Indian journal of veterinary science and animal husbandry - Volume 2,
Year: 1932
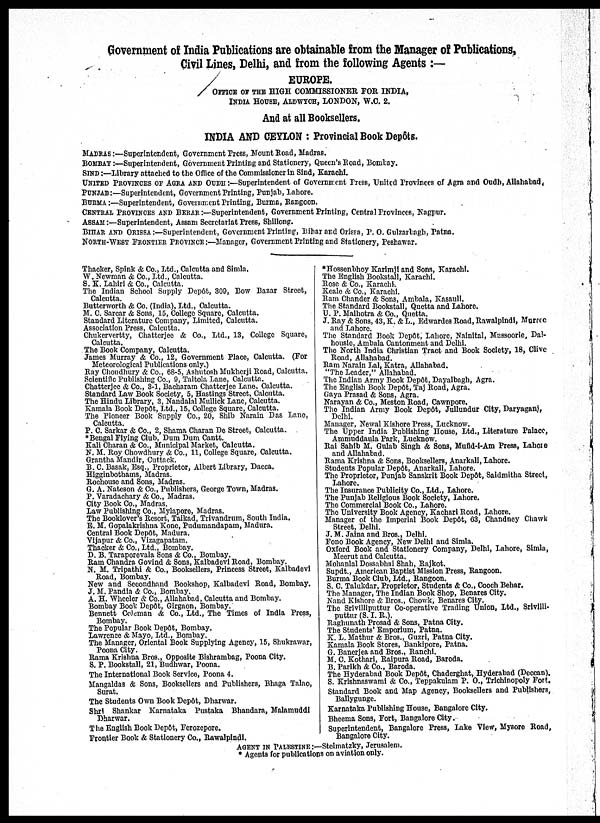
Government of India Publications are obtainable from the Manager of Publications,
Civil Lines, Delhi, and from the following Agents :—
EUROPE.
OFFICE OF THE HIGH COMMISSIONER FOR INDIA,
INDIA HOUSE, ALDWYCH, LONDON, W.C. 2.
And at all Booksellers.
INDIA AND CEYLON : Provincial Book Depots.
MADRAS :—Superintendent, Government Tress, Mount load, Madras.
BOMBAY:—Superintendent, Government Printing and Stationery, Queen's Road, Bombay.
SIND:—Library attached to the Office of the Commissioner in Sind, Karachi.
UNITED PROVICES OF AGRA AND OUDH :—Superintendent of Government Press, United Provinces of Agra and Oudh, Allahabad. ,
PUNJAB:—Superintendent, Government Printing, Punjab, Lahore.
BURMA:—Superintendent, Government Printing, Burma, Rangoon.
CENTRAL PROVINCES AND BERAR :—Superintendent, Government Printing, Central Provinces, Nagpur.
ASSAM:—Superintendent, Assam Secretariat Press, Shillong.
BIHAR AND ORISSA :—Superintendent, Government Printing, Bihar and Orissa, P. O. Gulzarbagh, Patna.
NORTH-WEST FRONTIER PROVINCE :—Manager, Government Printing and Stationery, Peshawar.
Thacker, Spink & Co., Ltd., Calcutta and Simla.
W. Newman & Co., Ltd., Calcutta.
S. K. Lahiri & Co., Calcutta.
The Indian School Supply Depôt, 309, Bow Bazar Street,
Calcutta.
Butterworth & Co. (India), Ltd., Calcutta.
M. C. Sarcar & Sons, 15, College Square, Calcutta.
Standard Literature Company, Limited, Calcutta.
Association Press, Calcutta.
Chukervertty, Chatterjee & Co., Ltd., 13, College Square,
Calcutta.
The Book Company, Calcutta.
James Murray & Co., 12, Government Place, Calcutta. (For
Meteorological Publications only.)
Ray Choudhury & Co., 68-5, Ashutosh Mukherji Road, Calcutta.
Scientific Publishing Co., 9, Taltola Lane, Calcutta.
Chatterjee & Co., 3-1, Bacharam Chatterjee Lane, Calcutta.
Standard Law Book Society, 5, Hastings Street, Calcutta.
The Hindu Library, 3, Nandalal Mullick Lane, Calcutta.
Kamala Book Depôt, Ltd., 15, College Square, Calcutta.
The Pioneer Book Supply Co., 20, Shib Narain Das Lane,
Calcutta.
P. C. Sarkar & Co., 2, Shama Charan De Street, Calcutta.
*Bengal Flying Club, Dura Dum Cantt.
Kali Charan & Co., Municipal Market, Calcutta.
N. M. Roy Chowdhury & Co., 11, College Square, Calcutta.
Grantha Mandir, Cuttack.
B. C. Basak, Esq., Proprietor, Albert Library, Dacca.
Higginbothams, Madras.
Rochouse and Sons, Madras.
G. A. Nateson & Co., Publishers, George Town, Madras.
P. Varadachary & Co., Madras.
City Book Co., Madras.
Law Publishing Co., Mylapore, Madras.
The Booklover's Resort, Taikad, Trivandrum, South India.
E. M. Gopalakrishna Kone, Pudumandapam, Madura.
Central Book Depôt, Madura.
Vijapur & Co., Vizagapatam.
Thacker & Co., Ltd., Bombay.
D. B. Taraporevala Sons & Co., Bombay.
Ram Chandra Govind & Sons, Kalbadevi Road, Bombay.
N. M. Tripathi & Co., Booksellers, Princess Street, Kalbadevi
Road, Bombay.
New and Secondhand Bookshop, Kalbadevi Road, Bombay.
J. M. Pandia & Co., Bombay.
A. H. Wheeler & Co., Allahabad, Calcutta and Bombay.
Bombay Book Depôt, Girgaon, Bombay.
Bennett Coleman & Co., Ltd., The Times of India Press,
Bombay.
The Popular Book Depôt, Bombay.
Lawrence & Mayo, Ltd., Bombay.
The Manager, Oriental Book Supplying Agency, 15, Shukrawar,
Poona City.
Rama Krishna Bros., Opposite Bishrambag, Poona City.
S. P. Bookstall, 21, Budhwar, Poona.
The International Book Service, Poona 4.
Mangaldas & Sons, Booksellers and Publishers, Bhaga Talao,
Surat.
The Students Own Book Depôt, Dharwar.
Snri Shankar Karnataka Pustaka Bhandara, Malamuddi
Dharwar.
The English Book Depôt, Ferozepore.
Frontier Book & Stationery Co., Rawalpindi.
*Hossenbhoy Karimji and Sons, Karachi.
The English Bookstall, Karachi.
Rose & Co., Karachi.
Keale & Co., Karachi.
Ram Chander & Sons, Ambala, Kasauli.
The Standard Bookstall, Quetta and Lahore.
U. P. Malhotra & Co., Quetta.
J. Ray & Sons, 43, K. & L., Edwardes Road, Rawalpindi, Murree
and Lahore.
The Standard Book Depôt, Lahore, Nainital, Mussoorie, Dal-
housie, Ambala Cantonment and Delhi.
The North India Christian Tract and Book Society, 18, Clive
Road, Allahabad.
Ram Narain Lal, Katra, Allahabad.
"The Leader," Allahabad.
The Indian Army Book Depôt, Dayalbagh, Agra.
The English Book Depôt, Taj Road, Agra.
Gaya Prasad & Sons, Agra.
Narayan & Co., Meston Road, Cawnpore.
The Indian Army Book Depôt, Jullundur City, Daryaganj,
Delhi.
Manager, Newal Kishore Press, Lucknow.
The Upper India Publishing House, Ltd., Literature Palace,
Ammuddauia Park, Lucknow.
Rai Sahib M. Gulab Singh & Sons, Mufid-i-Am Press, Lahore
and Allahabad.
Rama Krishna & Sons, Booksellers, Anarkali, Lahore.
Students Popular Depôt, Anarkali, Lahore.
The Proprietor, Punjab Sanskrit Book Depôt, Saidmitha Street,
Lahore.
The Insurance Publicity Co., Ltd., Lahore.
The Punjab Religious Book Society, Lahore.
The Commercial Book Co., Lahore.
The University Book Agency, Kachari Road, Lahore.
Manager of the Imperial Book Depôt, 63, Chandney Chawk
Street, Delhi.
J. M. Jaina and Bros., Delhi.
Fono Book Agency, New Delhi and Simla.
Oxford Book and Stationery Company, Delhi, Lahore, Simla,
Meerut and Calcutta.
Mohanlal Dossabhai Shah, Rajkot.
Supdt., American Baptist Mission Press, Rangoon.
Burma Book Club, Ltd., Rangoon.
S. C. Talukdar, Proprietor, Students & Co., Cooch Behar.
The Manager, The Indian Book Shop, Benares City.
Nand Kishore & Bros., Chowk, Benares City.
The Srivilliputtur Co-operative Trading Union, Ltd., Srlvilli-
puttur (S. I. R.).
Raghunath Prosad & Sons, Patna City.
The Students' Emporium, Patna.
K. L. Mathur & Bros., Guzri, Patna City.
Kamala Book Stores, Bankipore, Patna.
G. Banerjea and Bros., Ranchi.
M. C. Kothari, Raipura Road, Baroda.
B. Parikh & Co., Baroda.
The Hyderabad Book Depôt, Chaderghat, Hyderabad (Deccan).
S. Krishnaswami & Co., Teppakulam P. O., Trichinopoly Fort.
Standard Book and Map Agency, Booksellers and Publishers,
Ballygunge.
Karnataka Publishing House, Bangalore City.
Bheema Sons, Fort, Bangalore City.
Superintendent, Bangalore Press, Lake View, Mysore Road,
Bangalore City.
AGENT IN PALESTINE :—Stelmatzky, Jerusalem.
* Agents for publications on aviation only.